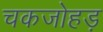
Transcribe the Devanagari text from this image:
चकजोहड़